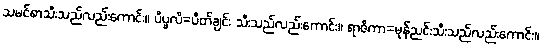
သမင်စာသီးသည်လည်းကောင်း။ ပိပ္ဖလိ=ပိတ်ချင်း သီးသည်လည်းကောင်း။ ရာဇိကာ=မုန်ညင်းသီးသည်လည်းကောင်း။